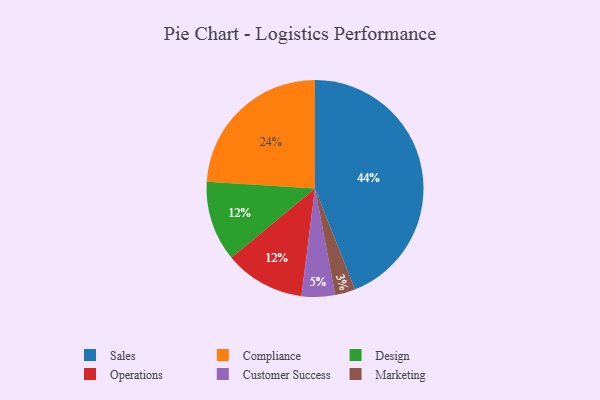
{"axis": {"x": "Category", "y": "Percentage"}, "legend": ["Compliance", "Customer Success", "Design", "Marketing", "Operations", "Sales"], "data": [{"x": "Customer Success", "y": 5, "type": "Customer Success"}, {"x": "Design", "y": 12, "type": "Design"}, {"x": "Compliance", "y": 24, "type": "Compliance"}, {"x": "Operations", "y": 12, "type": "Operations"}, {"x": "Marketing", "y": 3, "type": "Marketing"}, {"x": "Sales", "y": 44, "type": "Sales"}]}